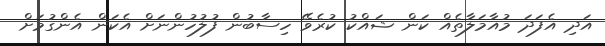
އަދި އެފަދަ މުއާމަލާތެއް ކަން ޝައްކު ކުރެވޭ ހިސާބުން ފުލުހުންނަށް އެކަން އެންގުމަށް